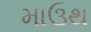
માઉથ